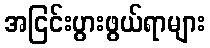
အငြင်းပွားဖွယ်ရာများ